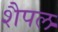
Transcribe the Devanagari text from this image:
शैपल